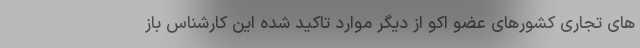
های تجاری کشورهای عضو اکو از دیگر موارد تاکید شده این کارشناس باز